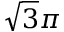
\sqrt { 3 } \pi